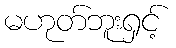
မဟုတ်ဘူးရှင့်